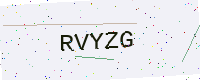
Text: RVYZG